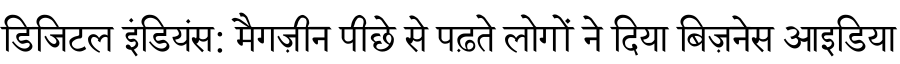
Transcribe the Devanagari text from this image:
डिजिटल इंडियंस: मैगज़ीन पीछे से पढ़ते लोगों ने दिया बिज़नेस आइडिया